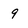
Character: 9